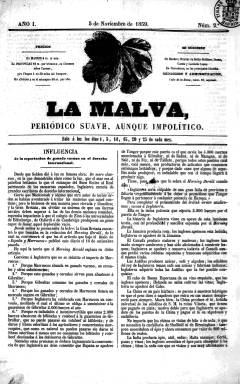
Título: La Malva (Madrid)
Colección: Revistas satíricas y humorísticas || Periódicos
Ámbito geográfico: Madrid
Lugar de publicación: Madrid
Fechas: 05/11/1859-25/01/1860

‘Periódico suave aunque impolítico’ era el subtítulo de esta publicación satírico literaria cuyos redactores firmaban los artículos con nombres como como Fulano, Mengano, Zutano, Perengano y El Tonto de Marras. Sin embargo, detrás de algunos de estos pseudónimos se encuentran dos de los grandes novelistas del siglo XIX, Juan Valera y Pedro Antonio de Alarcón, cofundadores de la publicación junto con Miguel de los Santos Álvarez.

    De cuatro páginas y de vida breve -sólo se publicaron 18 números (falta el primero en la colección de la BNE)- el periódico era un batiburrillo de noticias de contenido cultural y social así como de rumores, dado que los redactores no tenían reparo en hacerse eco de todo cuando se decía en los mentideros madrileños, aunque tuvieran que desdecirse con posterioridad.

    Aunque su contenido no era político, el periódico no se libró de la censura. En el número 10 de 15 de diciembre de 1859 incluye esta advertencia en su primera página: “El presente número de La Malva no es obra exclusiva de la redacción. Una mano extraña, aunque amiga ha intervenido en él. Retiramos lo que el lápiz encarnado tachó: damos las gracias al lápiz encarnado e insertamos el resto”.

    Una sección de La Malva se destinaba a recoger y comentar la información que daban otros periódicos, pero lo que más caracteriza a esta publicación son los artículos atribuidos al novelista y crítico Juan Valera. Hasta cuatro artículos han sido identificados como suyos.

    Valera, respetuoso pero crítico con ciertos aspectos de la filosofía alemana, se burla en algunos artículos de la jerga empleada por el krausismo, corriente filosófica alemana que había traído a España el catedrático Julián Sanz del Río. En su artículo titulado ‘Fragmentos filosóficos’, publicado el 10 de enero de 1860, arremete satíricamente contra Sanz del Río sin nombrarlo.

    Puede seguirse la polémica de la época con esta corriente de pensamiento con la lectura del libro ‘Tradicionales y moderados ante la difusión de la filosofía krausista en España’, de José Manuel Vázquez-Romero.

     Por otra parte, La Malva llevaba en su cabecera el grabado de esta flor. El lector puede preguntarse la razón de ello. Aunque no hay una declaración explícita es fácil deducir, pues sólo unos años antes el estudiante de química inglés William Henry Perkin había hallado por casualidad el primer tinte sintético de la Historia, el color malva.

    La moda del malva fue durante esos años arrolladora. No es difícil ver, por ejemplo, a la Reina Victoria de Gran Bretaña y a la emperatriz de los franceses Eugenia de Montijo luciendo vestidos de ese color. La década de 1850 fue la década del malva.

[Descripción publicada el 25/03/2019]